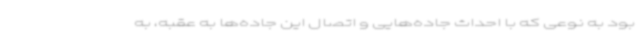
بود به نوعی که با احداث جاده‌هایی و اتصال این جاده‌ها به عقبه، به